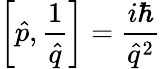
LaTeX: \left[\hat{p},\frac{1}{\hat{q}}\right]=\frac{i\hbar}{\hat{q}^{2}}